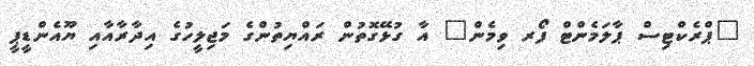
"ޕްރެކްޓިސް ޕާލަމެންޓް ފޯރ ވިމެން" އާ ގުޅޭގޮތުން ރައްޔިތުންގެ މަޖިލީހުގެ އިދާރާއާއި ޔޫއެންޑީޕީ